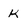
Character: k